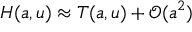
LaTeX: H ( a , u ) \approx T ( a , u ) + { \mathcal { O } } ( a ^ { 2 } )